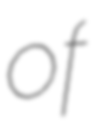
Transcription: of